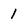
Character: 1